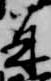
并